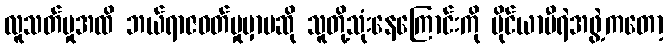
လူသတ်မှုအထိ ဘယ်ရာဇဝတ်မှုမှာမဆို သူတို့သုံးနေကြောင်းကို မိုင်ယာမီရဲအဖွဲ့ကတော့